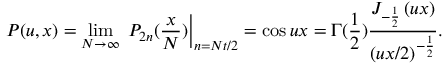
P ( u , x ) = \operatorname * { l i m } _ { N \rightarrow \infty } \left. \, P _ { 2 n } ( \frac { x } { N } ) \right| _ { n = N t / 2 } = \cos u x = \Gamma ( \frac 1 2 ) \frac { J _ { - \frac 1 2 } \left( u x \right) } { \left( u x / 2 \right) ^ { - \frac 1 2 } } .